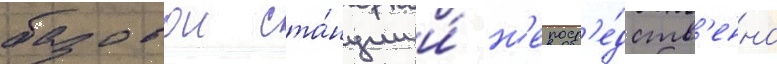
базовои ста́нции и́ н'епоср'е́дств'енно